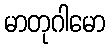
မာတုဂါမော